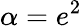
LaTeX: \alpha={e^{2}}